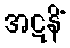
အဋနိံ